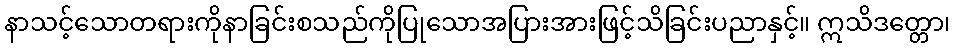
နာသင့်သောတရားကိုနာခြင်းစသည်ကိုပြုသောအပြားအားဖြင့်သိခြင်းပညာနှင့်။ ဣသိဒတ္တော၊